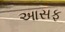
આસફ